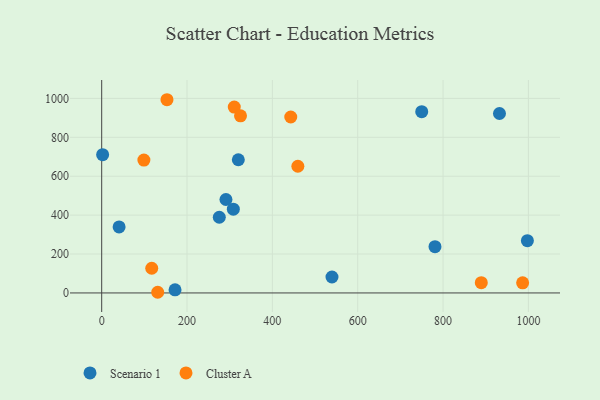
{"axis": {"x": "Investment", "y": "Rating"}, "legend": ["Cluster A", "Scenario 1"], "data": [{"x": "171.9", "y": 15.8, "type": "Scenario 1"}, {"x": "997.6", "y": 268.5, "type": "Scenario 1"}, {"x": "539.7", "y": 81.9, "type": "Scenario 1"}, {"x": "750.0", "y": 931.9, "type": "Scenario 1"}, {"x": "2.2", "y": 710.6, "type": "Scenario 1"}, {"x": "932.2", "y": 922.5, "type": "Scenario 1"}, {"x": "275.6", "y": 389.1, "type": "Scenario 1"}, {"x": "781.1", "y": 237.6, "type": "Scenario 1"}, {"x": "40.8", "y": 339.2, "type": "Scenario 1"}, {"x": "320.2", "y": 684.6, "type": "Scenario 1"}, {"x": "308.5", "y": 430.7, "type": "Scenario 1"}, {"x": "291.2", "y": 480.3, "type": "Scenario 1"}, {"x": "98.9", "y": 682.9, "type": "Cluster A"}, {"x": "459.7", "y": 651.3, "type": "Cluster A"}, {"x": "153.0", "y": 993.2, "type": "Cluster A"}, {"x": "310.7", "y": 955.4, "type": "Cluster A"}, {"x": "443.1", "y": 904.4, "type": "Cluster A"}, {"x": "117.3", "y": 126.8, "type": "Cluster A"}, {"x": "889.6", "y": 52.5, "type": "Cluster A"}, {"x": "986.5", "y": 51.9, "type": "Cluster A"}, {"x": "131.3", "y": 3.4, "type": "Cluster A"}, {"x": "325.3", "y": 910.3, "type": "Cluster A"}]}